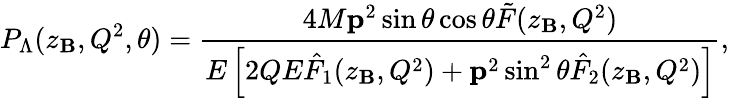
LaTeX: P_{\Lambda}(z_{\mathbf{B}},Q^{2},\theta)=\frac{{4M{\mathbf{p}}^{2}\sin\theta\cos\theta\tilde{{F}}(z_{\mathbf{B}},Q^{2})}}{{E\left[2QE\hat{{F}}_{1}(z_{\mathbf{B}},Q^{2})+{\mathbf{p}}^{2}\sin^{2}\theta\hat{{F}}_{2}(z_{\mathbf{B}},Q^{2})\right]}},